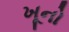
ખૂનો